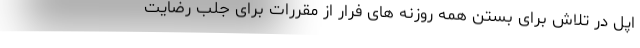
اپل در تلاش برای بستن همه روزنه های فرار از مقررات برای جلب رضایت